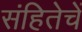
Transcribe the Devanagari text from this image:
संहितेचें